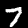
Label: 7